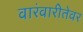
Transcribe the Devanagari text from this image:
वारंवारीतेवर